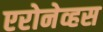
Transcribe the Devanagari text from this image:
एरोनेव्हस